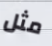
مثل